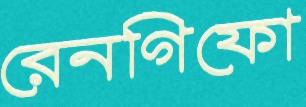
রেনগিফো